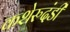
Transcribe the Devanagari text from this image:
कशेरुदंडी